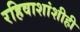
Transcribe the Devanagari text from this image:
रहिवाशांशीही